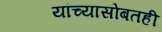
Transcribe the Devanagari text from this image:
यांच्यासोबतही